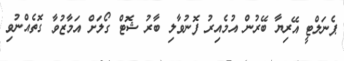
ޕެނަލްޓީ އޭރިޔާ ބޭރުން އުމެއިިރު ފޮނުވާލި ބާރު ޝޮޓް ގޯލަށް އަމާޒުވާ ގޮތެއްނުވި